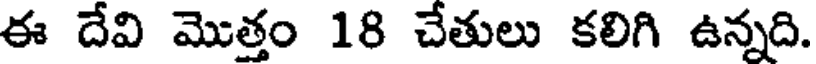
ఈ దేవి మొత్తం 18 చేతులు కలిగి ఉన్నది.